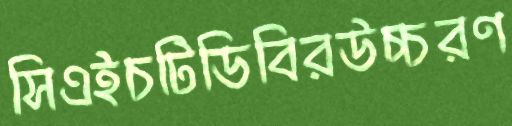
সিএইচটিডিবিরউচ্চরণ